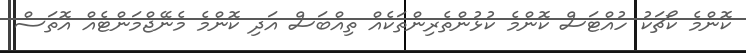
ކޮންމެ ކޯޗަކު ހުއްޓަސް ކޮންމެ ކުޅުންތެރިންތަކެއް ތިއްބަސް އަދި ކޮންމެ މެނޭޖްމަންޓެއް އޮތަސް